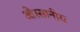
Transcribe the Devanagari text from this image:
ओस्सानीय